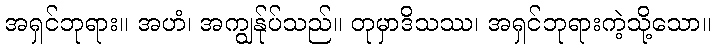
အရှင်ဘုရား။ အဟံ၊ အကျွန်ုပ်သည်။ တုမှာဒိသဿ၊ အရှင်ဘုရားကဲ့သို့သော။